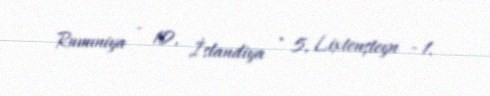
Rumıniya - 10, İslandiya - 5, Lixtenşteyn - 1.